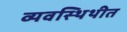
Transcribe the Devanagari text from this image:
व्यवस्थिथीत